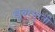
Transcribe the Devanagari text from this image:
खूबरसूरती